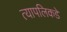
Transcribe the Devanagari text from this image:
त्यापलिकडे